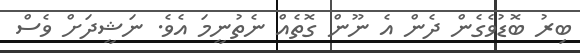
ބިރު ބޮޑުވެގެން ދެން އެ ނޫން ގޮތެއް ނެތުނީމަ އެވެ. ނަޝީދަށް ވެސް